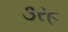
૩ર૯